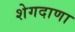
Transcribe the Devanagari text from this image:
शेगदाणा